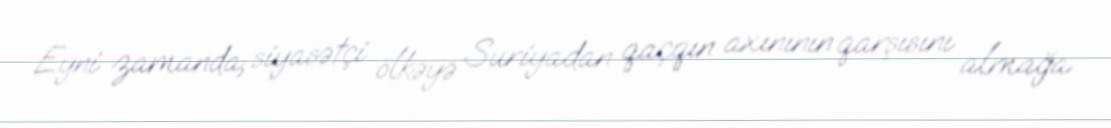
Eyni zamanda, siyasətçi ölkəyə Suriyadan qaçqın axınının qarşısını almağa